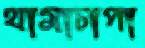
থামাচাপা